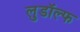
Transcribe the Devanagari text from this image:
लुडॉल्फ